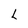
Character: L